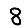
Digit: 8